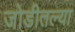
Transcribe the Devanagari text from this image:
जोडीतल्या